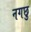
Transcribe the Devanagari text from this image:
नगछु